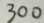
3 0 0